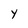
Character: Y